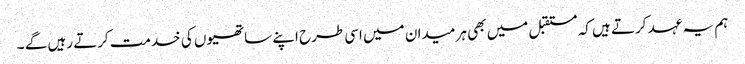
ہم یہ عہد کرتے ہیں کہ مستقبل میں بھی ہر میدان میں اسی طرح اپنے ساتھیوں کی خدمت کرتے رہیں گے ۔